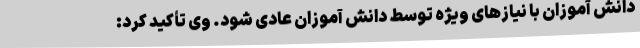
دانش آموزان با نیازهای ویژه توسط دانش آموزان عادی شود. وی تأکید کرد: